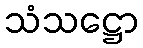
သံသဋ္ဌော